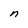
Character: n